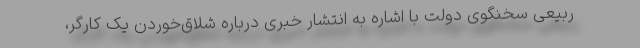
ربیعی سخنگوی دولت با اشاره به انتشار خبری درباره شلاق‌خوردن یک کارگر،